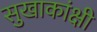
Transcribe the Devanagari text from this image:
सुखाकांक्षी